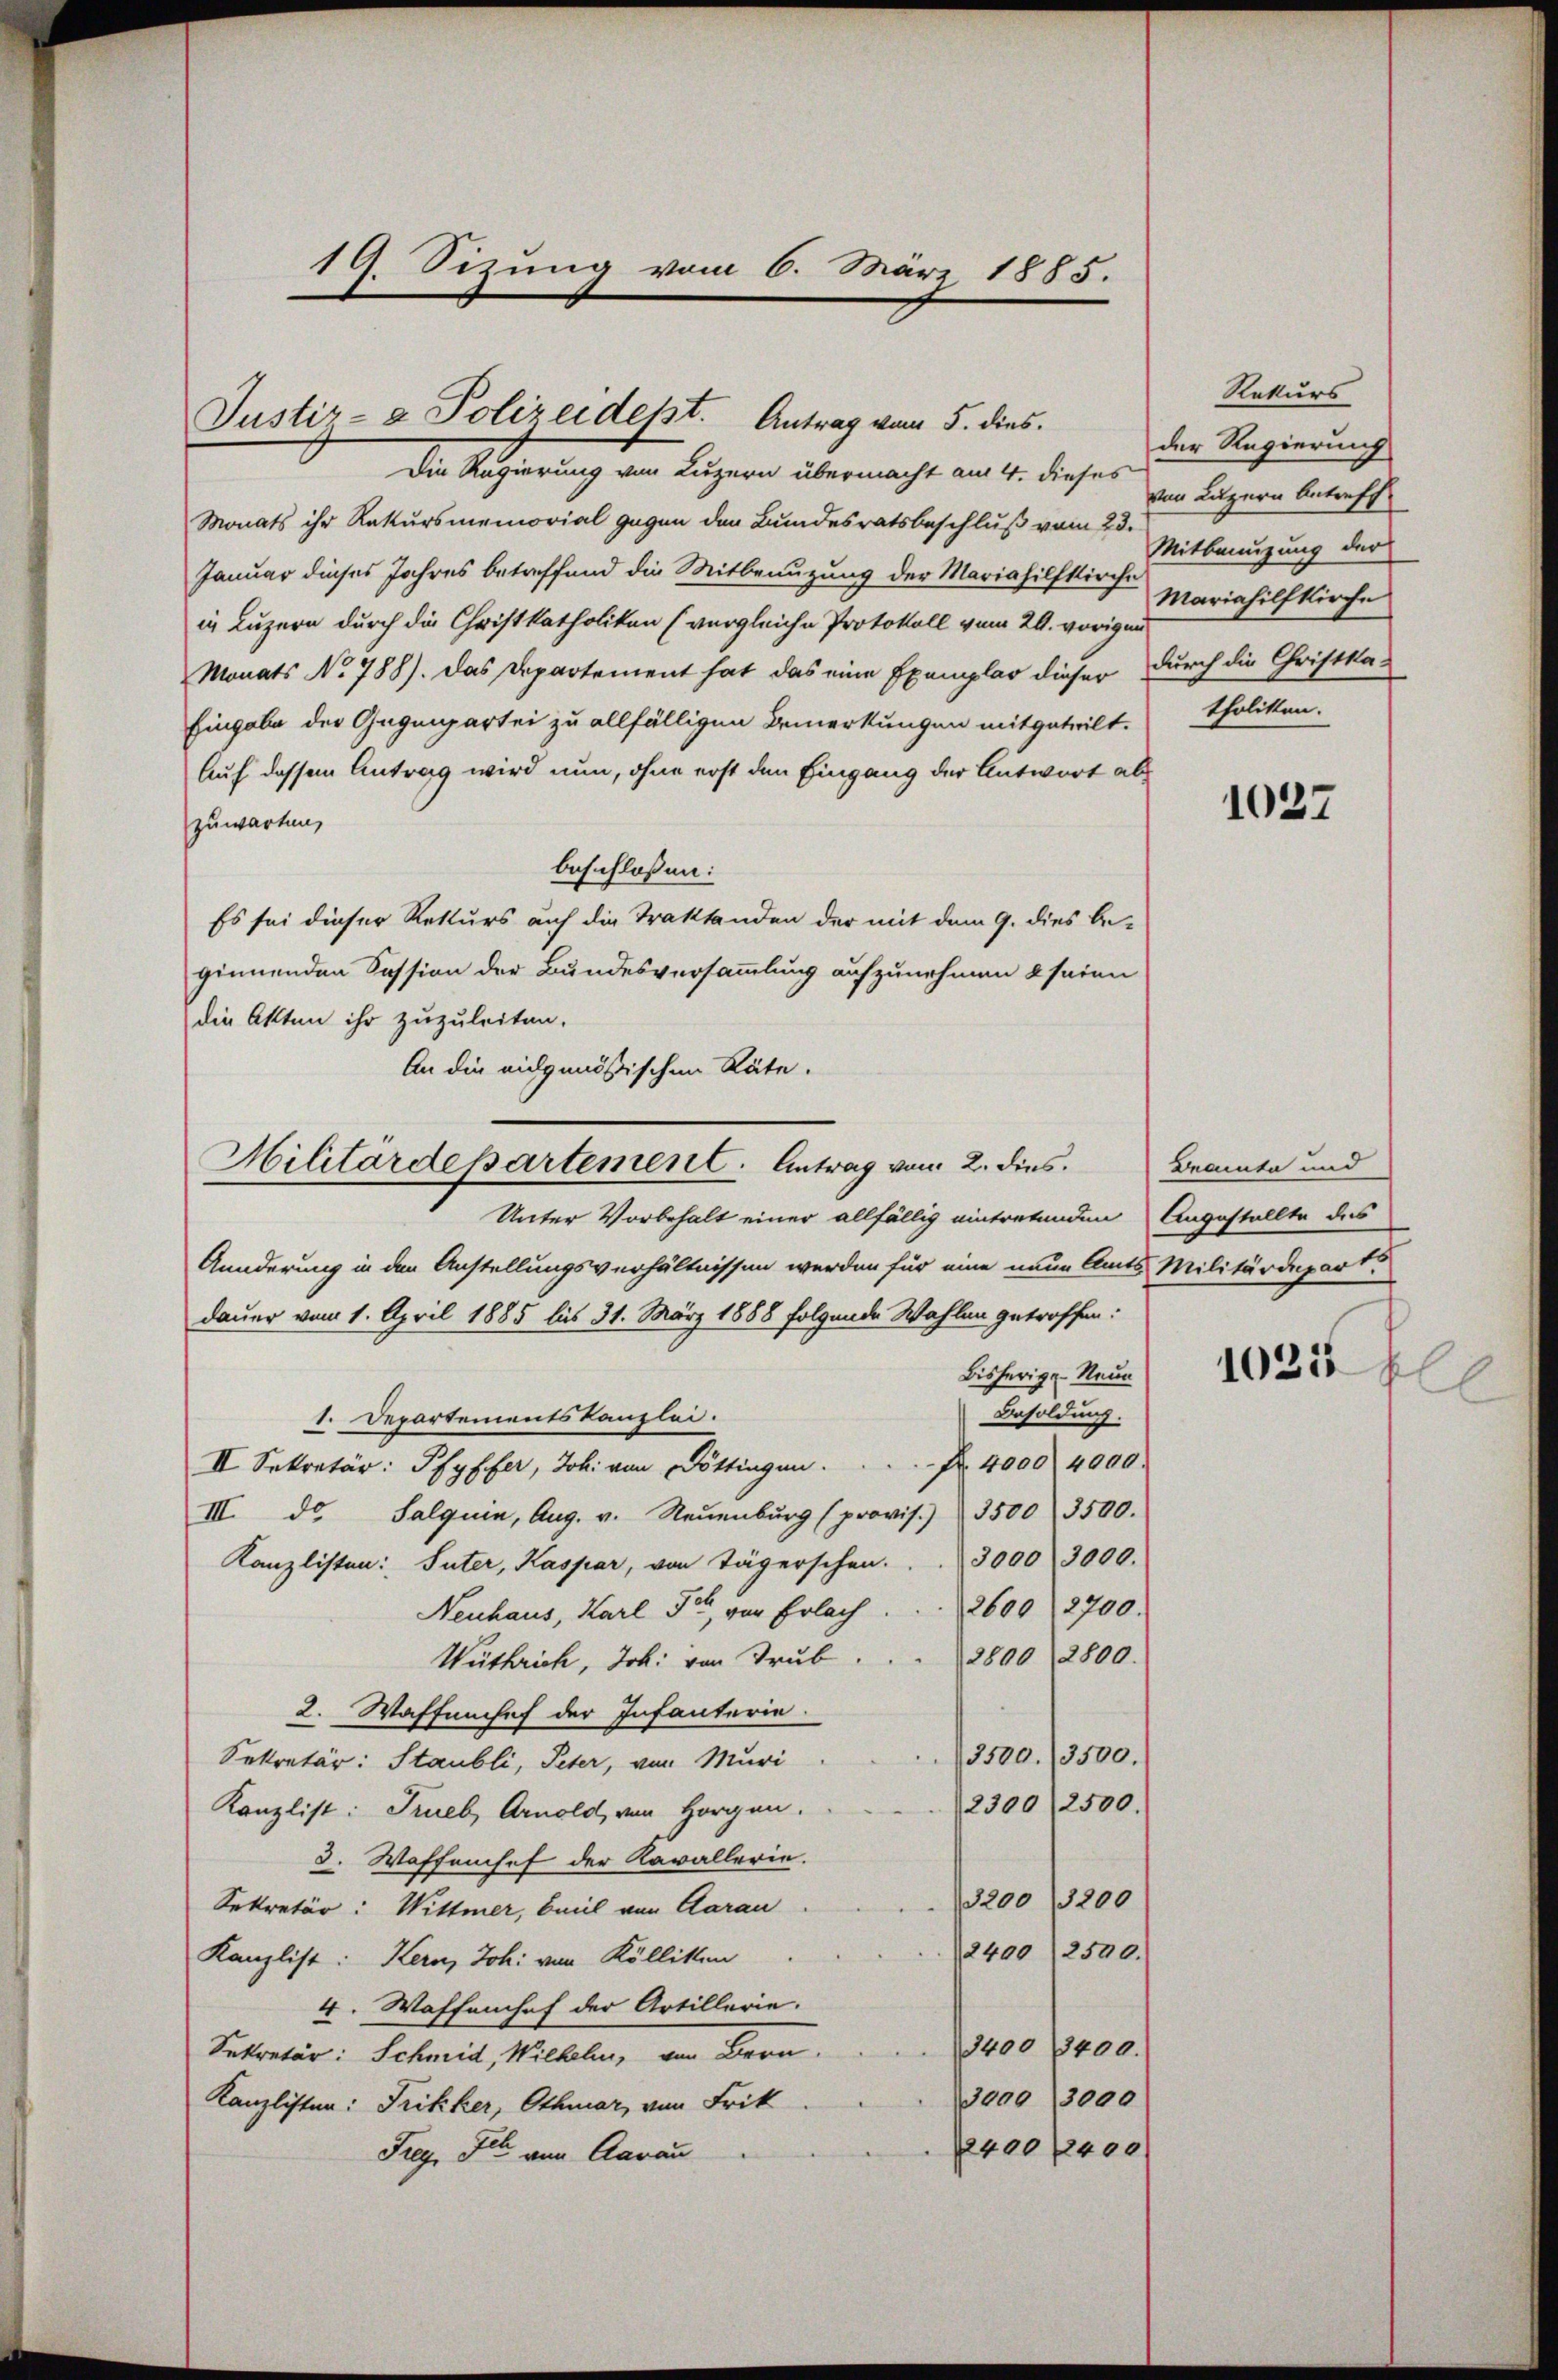
19. Sizung vom 6. März 1885.

Justiz- & Polizeidept. Antrag vom 5. dies

Hilitärdepartement. Antrag vom 2. dies
Unter Vorbehalt einer allfällig eintretenden Angestellte des

Die Regierung von Luzern übermacht am 4. dieses
Monats ihr Rekursmemorial gegen den Bundesratsbeschluß vom 23.
Januar dieses Jahres betreffend die Mitbenuzung der Mariahilfkirche
in Luzern durch die Christkatholiken (vergleiche Protokoll vom 20. vorigen
Monats No 788). Das Departement hat das eine Exemplar dieser durch die Christka-
Eingabe der Gegenpartei zu allfälligen Bemerkungen mitgeteilt. Tholiken.
Auf dessen Antrag wird nun, ohne erst den Eingang der Antwort abzuwarten,
beschlossen:
Es sei dieser Rekurs auf die Traktanden der mit dem 9. dies be-
ginnenden Session der Bundesversammlung aufzunehmen & seien
die Akten ihr zuzuleiten.
An die eidgenößischen Räte.

Äunderung in den Anstellungsverhältnissen werden für eine neue Amts Militärdepart.
dauer vom 1. April 1885 bis 31. März 1888 folgende Wahlen getroffen:
Bisherige Neue
Besoldung.
1. Departementskanzlei.
II. Sekretär: Pfyffer, Joh. von Döttingen                                     4000. 4000.
III. da Salquin, Aug. v. Neuenburg (provis. 3500 3500.
Kanzlisten: Suter, Kaspar, von Tägerschen. . . 3000 3000.
2600 2700.
Neuhaus, Karl Jo, von Erlach
2800 2800.
Wüthrich, Joh. von Trub
2. Waffenhef der Infanterie.
3500. 3500.
Sekretär: Staubli, Peter, von Muri
2300 (2500.
Kanzlist: Trieb, Arnold, von Horgen.
3. Waffenhef der Kavallerie.
200/200
Sekretär: Wittmer, beil von Aarau
2400) 2500.
Kanzlist: Kern, Joh. von Köllikten
4. Waffenhof der Artillerie.
3400 3400.
Sekretär: Schmid, Wilhelm, von Bern
3000, 3000
Kanzlisten: Frikker, Othmar, von Frik
2400/2400
Frey, Fel von Aarau

Rekurs
der Regierung
von Luzern Antreff
Mitbenuzung der
Mariahilfkirche

1027

Beamte und
1021
hl